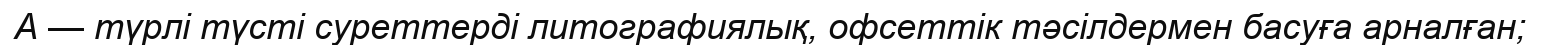
А — түрлі түсті суреттерді литографиялық, офсеттік тәсілдермен басуға арналған;